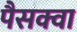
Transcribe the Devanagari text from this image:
पैसक्वा